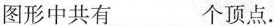
图形中共有___个顶点.